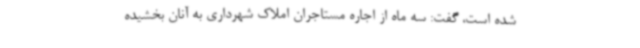
شده است، گفت: سه ماه از اجاره مستاجران املاک شهرداری به آنان بخشیده